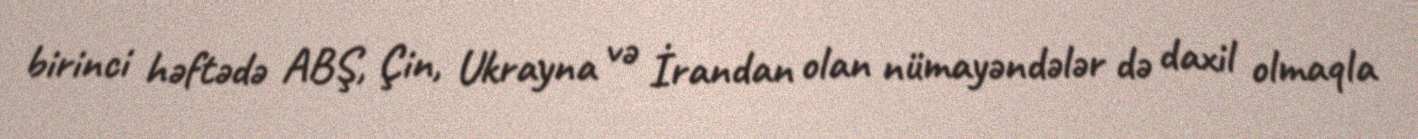
birinci həftədə ABŞ, Çin, Ukrayna və İrandan olan nümayəndələr də daxil olmaqla